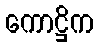
ကောဋ္ဌိက